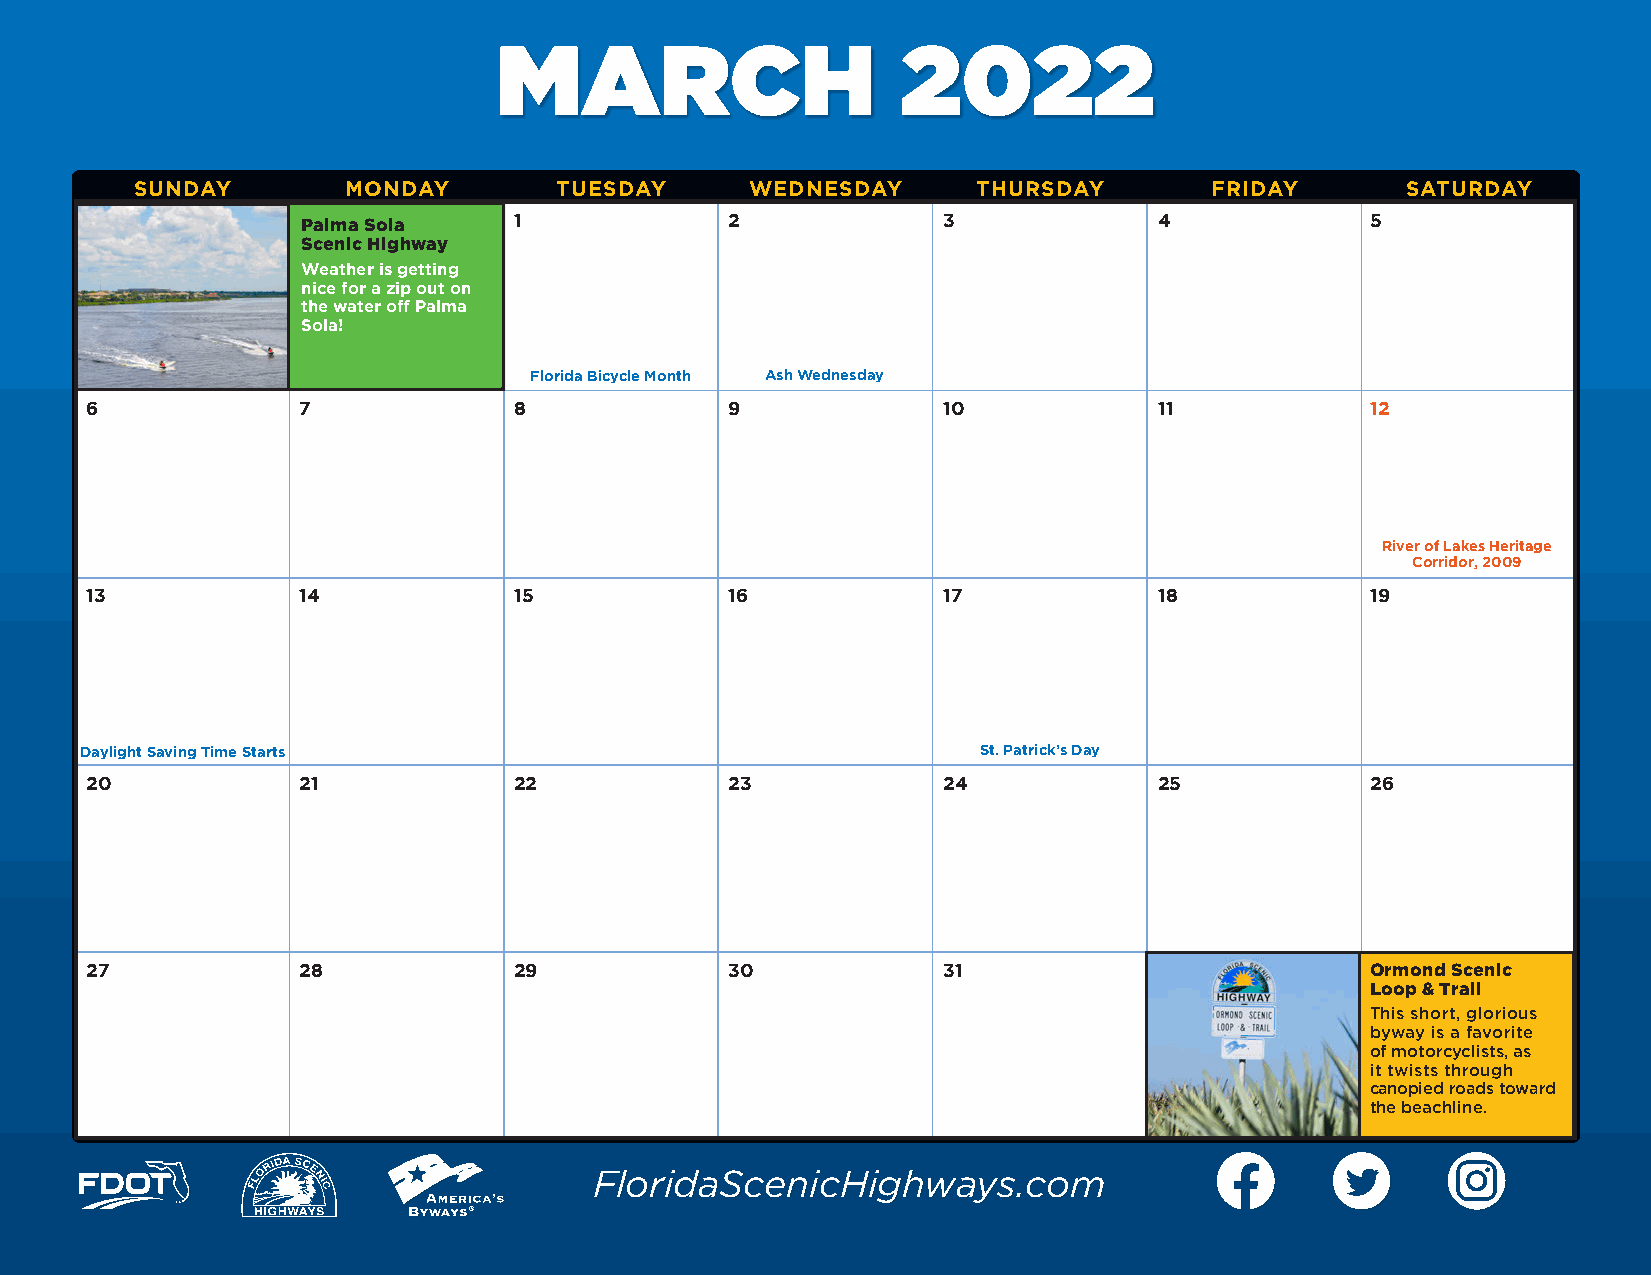
MARCH                      2022
 SUNDAY        MONDAY        TUESDAY      WEDNESDAY      THURSDAY       FRIDAY       SATURDAY
 1             2             3              4             5
 Palma Sola
 Scenic Highway
 Weather is getting
 nice for a zip out on
 the water off Palma
 Sola!
 Florida Bicycle Month Ash Wednesday
 6             7             8             9             10             11            12
 River of Lakes Heritage
 Corridor, 2009
 13            14            15            16            17             18            19
 Daylight Saving Time Starts                                 St. Patrick’s Day
 20            21            22            23            24             25            26
 27            28            29            30            31                           Ormond Scenic
 Loop & Trail
 This short, glorious
 byway is a favorite
 of motorcyclists, as
 it twists through
 canopied roads toward
 the beachline.
 FloridaScenicHighways.com